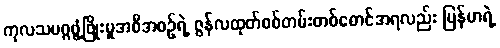
ကုလသမဂ္ဂဖွံ့ဖြိုးမှုအစီအစဉ်ရဲ့ ဇွန်လထုတ်စစ်တမ်းတစ်စောင်အရလည်း မြန်မာရဲ့